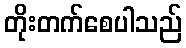
တိုးတက်စေပါသည်